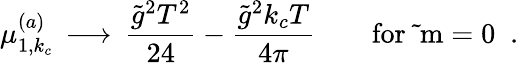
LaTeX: \mu_{1,k_{c}}^{(a)}\, \longrightarrow\, {\frac{\tilde{g}^{2}T^{2}}{24}}-{\frac{\tilde{g}^{2}k_{c}T}{4\pi}}\qquad\mathrm{for~\tilde{~}m=0~}\; .